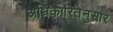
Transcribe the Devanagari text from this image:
अधिकारितेनुसार